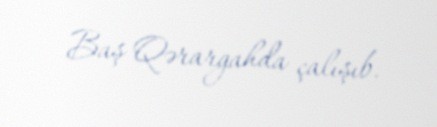
Baş Qərargahda çalışıb.